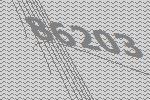
86203